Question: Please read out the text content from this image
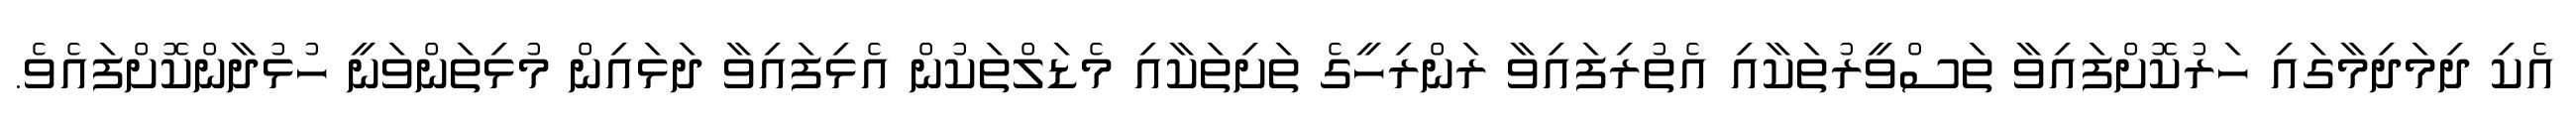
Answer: އެކި ދިމަދިމާގައި ހަރުކޮށްފައިވާ ތަސްވީރުތަކާއި އެތުރިފައިވާ ރަންރިހީގެ ތަށިތަކާއި މެޑަލްތަކުން އެޅިފައިވާ ދަޅައިން މުޅިތަންވަނީ ހުޅުދާންކޮށްފައެވެ.